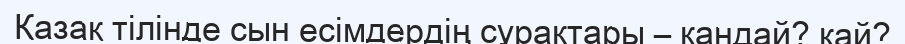
Қазақ тілінде сын есімдердің сұрақтары – қандай? қай?